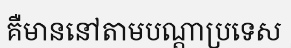
គឺមាននៅតាមបណ្តាប្រទេស